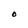
Character: O